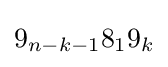
9_{n-k-1}8_{1}9_{k}